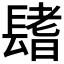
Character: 𨲤